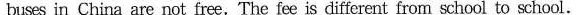
buses in China are not free.The fee is different from school to school.